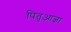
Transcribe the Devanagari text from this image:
पितृआज्ञा